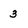
Character: 3